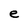
Character: e